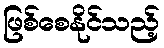
ဖြစ်စေနိုင်သည့်